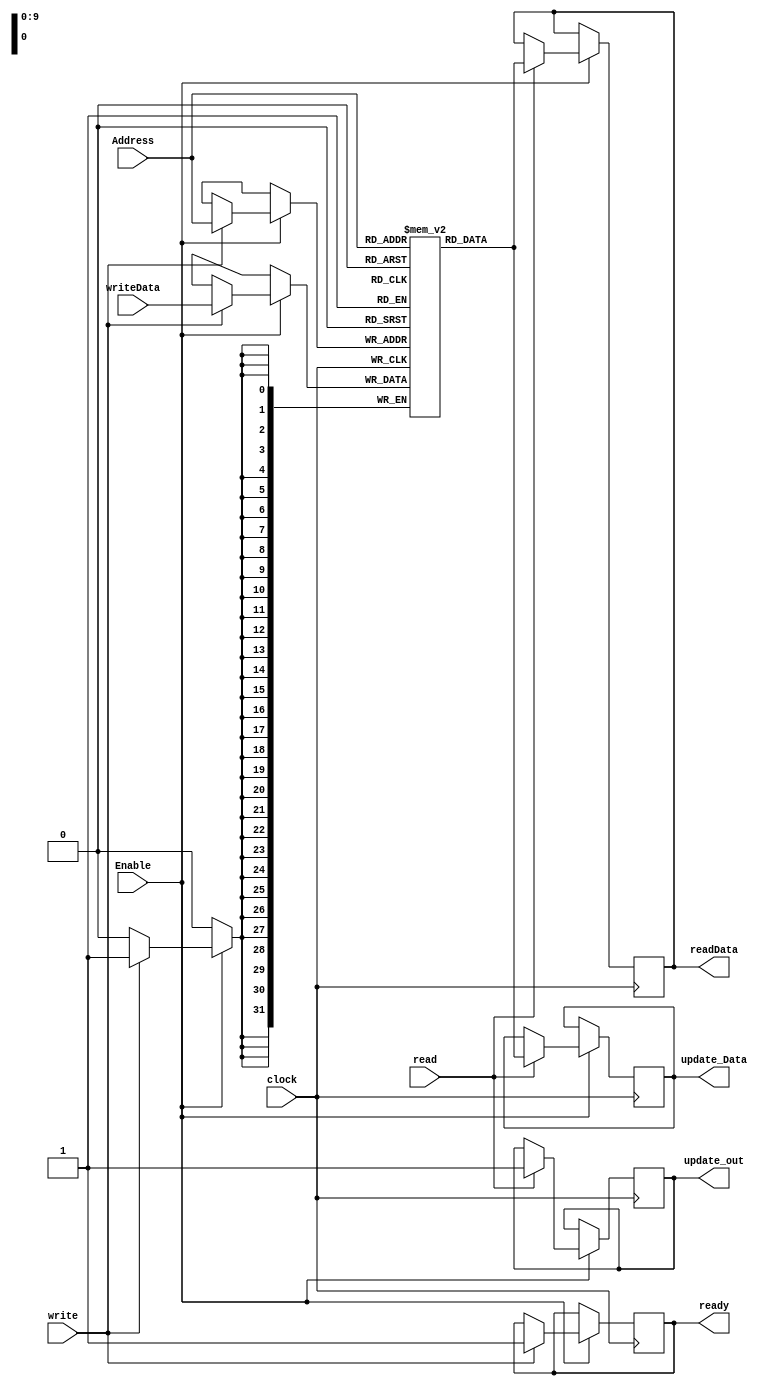
`timescale 1ns / 1ps

// Main Memory Module

module main_memory #(parameter DATA_WIDTH = 32, ADDR_WIDTH = 10)(
	clock,
	Enable,
	read,
	write,
	Address,
	writeData,
	readData,
	ready,
	update_out,
	update_Data
);

input clock;
input Enable;
input read;
input write;
input [ADDR_WIDTH-1:0]   Address;
input [DATA_WIDTH-1:0]   writeData;

output reg [DATA_WIDTH-1:0]  readData;
output reg ready;
output reg update_out;
output reg [DATA_WIDTH-1:0] update_Data;

localparam MEM_DEPTH = 1 << ADDR_WIDTH;

reg [DATA_WIDTH-1:0] ram [0:(1 << ADDR_WIDTH)-1];
  
always@(posedge clock) begin 
	if (Enable) begin
		if (read) begin
			readData <= ram[Address];
			update_out <= 1'b1;
			update_Data <= ram[Address];
		end
	
	        if(write) begin
	            ram[Address] <= writeData;
		    ready <= 1'b1;
    		end
	end
end
    

endmodule